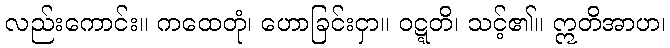
လည်းကောင်း။ ကထေတုံ၊ ဟောခြင်းငှာ။ ဝဋ္ဋတိ၊ သင့်၏။ ဣတိအာဟ၊